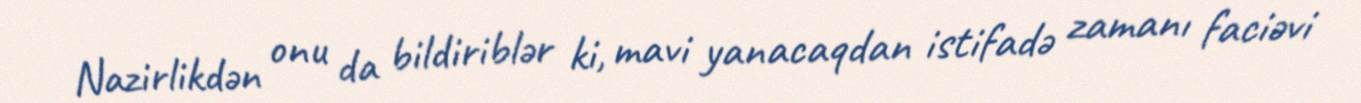
Nazirlikdən onu da bildiriblər ki, mavi yanacaqdan istifadə zamanı faciəvi